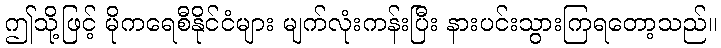
ဤသို့ဖြင့် မိုကရေစီနိုင်ငံများ မျက်လုံးကန်းပြီး နားပင်းသွားကြရတော့သည်။